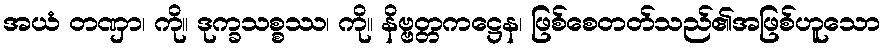
အယံ တဏှာ၊ ကို။ ဒုက္ခသစ္စဿ၊ ကို။ နိဗ္ဗတ္တကဋ္ဌေန၊ ဖြစ်စေတတ်သည်၏အဖြစ်ဟူသော